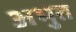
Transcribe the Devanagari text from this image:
अभुत